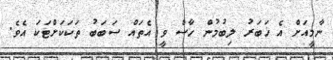
ނާމީއަށް އެ ޚަބަރު ލިބުމުން ހާސް ވީ އެތައް ސަބަބު ތަކަކަށްޓަކަ އެވެ.